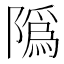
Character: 䧦